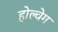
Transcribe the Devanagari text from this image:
होल्वेग